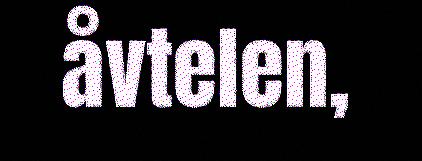
åvtelen,